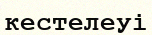
кестелеуі